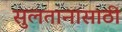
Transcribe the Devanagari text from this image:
सुलतानासाठी